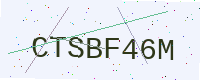
Text: CTSBF46M